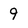
Character: 9